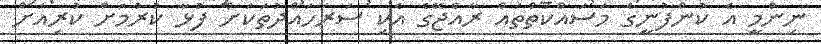
ނިންމީ އެ ކުންފުނީގެ މަސައްކަތްތައް ރާއްޖޭގެ އެކި ސަރަހައްދުތަކަށް ފުޅާ ކުރުމަށް ކުރިއަށް